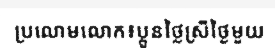
ប្រលោមលោក៖ប្អូនថ្លៃស្រីថ្ងៃមួយ